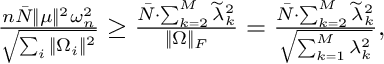
\begin{array} { r } { \frac { n \bar { N } \| \mu \| ^ { 2 } \omega _ { n } ^ { 2 } } { \sqrt { \sum _ { i } \| \Omega _ { i } \| ^ { 2 } } } \geq \frac { \bar { N } \cdot \sum _ { k = 2 } ^ { M } \widetilde { \lambda } _ { k } ^ { 2 } } { \| \Omega \| _ { F } } = \frac { \bar { N } \cdot \sum _ { k = 2 } ^ { M } \widetilde { \lambda } _ { k } ^ { 2 } } { \sqrt { \sum _ { k = 1 } ^ { M } \lambda _ { k } ^ { 2 } } } , } \end{array}